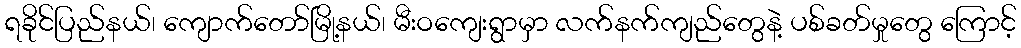
ရခိုင်ပြည်နယ်၊ ကျောက်တော်မြို့နယ်၊ မီးဝကျေးရွာမှာ လက်နက်ကျည်တွေနဲ့ ပစ်ခတ်မှုတွေ ကြောင့်